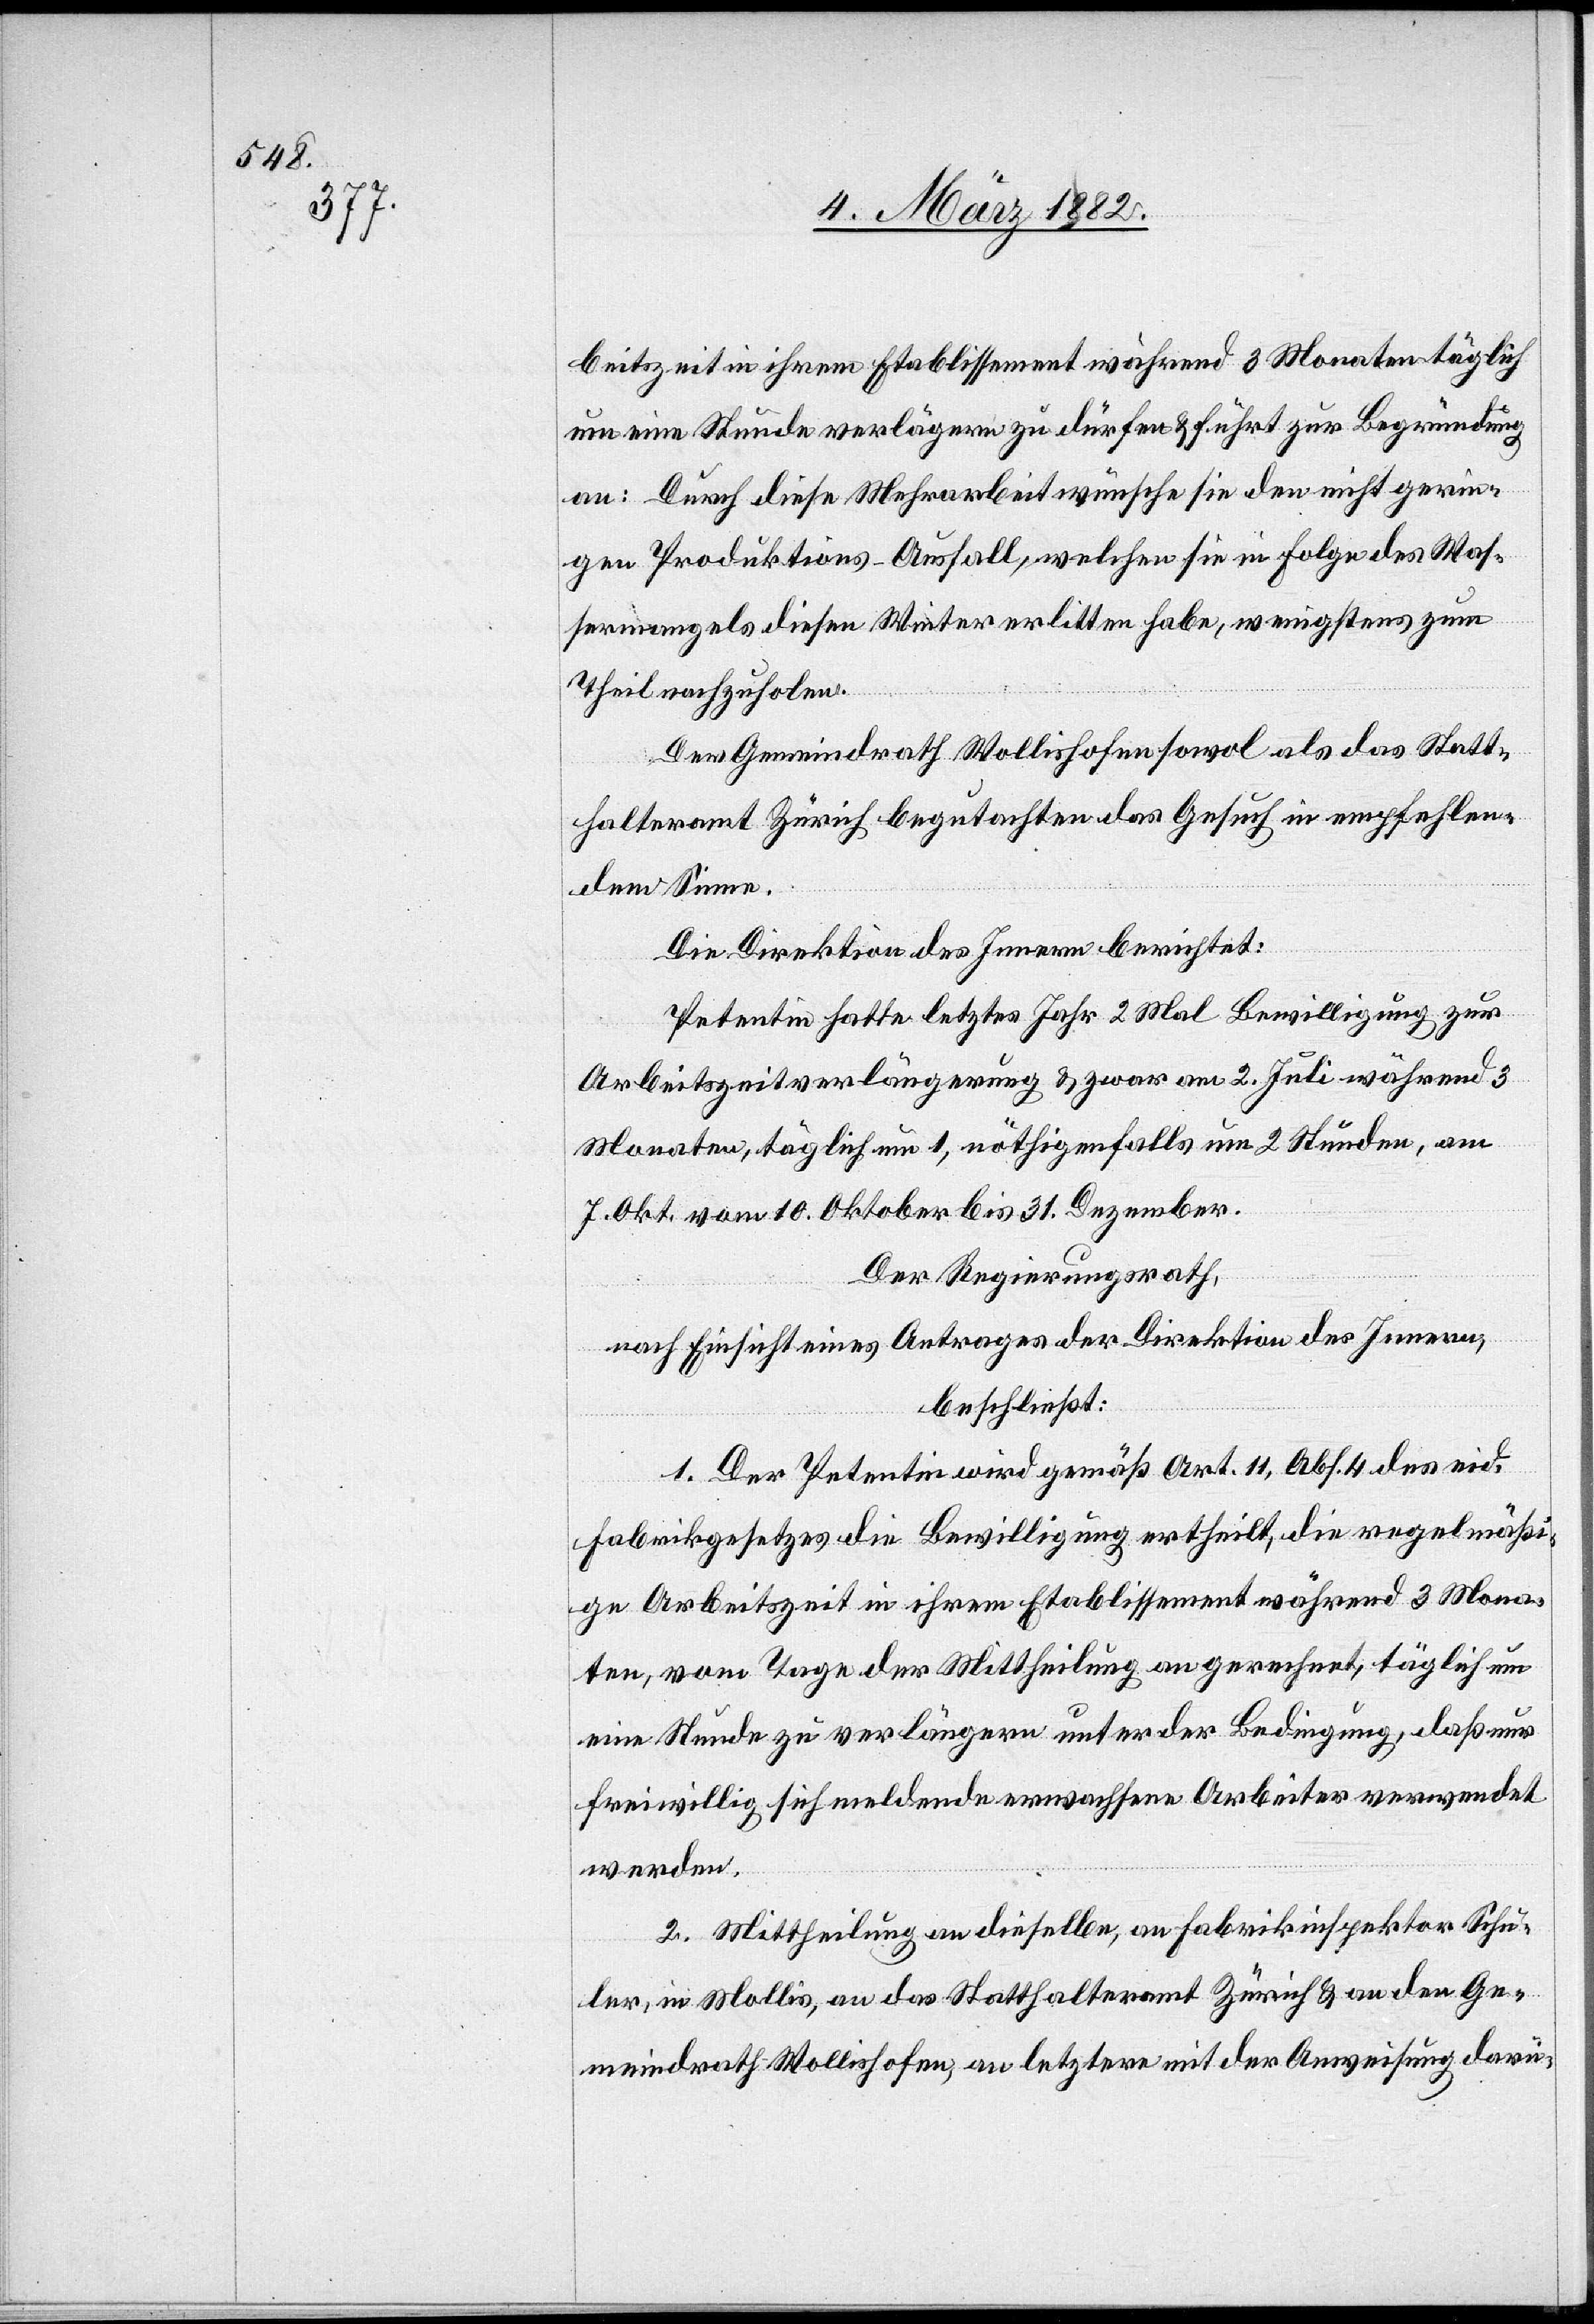
beitszeit in ihrem Etablissement während 3 Monaten täglich
um eine Stunde verlängern zu dürfen & führt zur Begründung
an: Durch diese Mehrarbeit wünsche sie den nicht gerin¬
gen Produktions-Ausfall, welchen sie in Folge des Was¬
sermangels diesen Winter erlitten habe, wenigstens zum
Theil nachzuholen.
Der Gemeindrath Wollishofen sowol als das Statt¬
halteramt Zürich begutachten das Gesuch in empfehlen¬
dem Sinne.
Die Direktion des Innern berichtet:
Petentin hatte letztes Jahr 2 mal Bewilligung zur
Arbeitszeitverlängerung & zwar am 2. Juli während 3
Monaten, täglich um 1, nöthigenfalls um 2 Stunden, am
7. Okt.[,] vom 10. Oktober bis 31. Dezember.
Der Regierungsrath,
nach Einsicht eines Antrages der Direktion des Innern,
beschließt:
1. Der Petentin wird gemäß Art. 11, Abs. 4 des eid.
Fabrikgesetzes die Bewilligung ertheilt, die regelmäßi¬
ge Arbeitszeit in ihrem Etablissement während 3 Mona¬
ten, vom Tage der Mittheilung an gerechnet, täglich um
eine Stunde zu verlängern unter der Bedingung, daß nur
freiwillig sich meldende erwachsene Arbeiter verwendet
werden.
2. Mittheilung an dieselben, an Fabrikinspektor Schu¬
ler, in Mollis, an das Statthalteramt Zürich & an den Ge¬
meindrath Wollishofen, an letztern mit der Anweisung, darü-